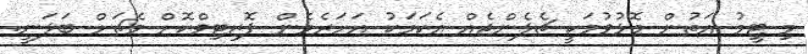
މި ޓީމު އަތުން މޮޅުވުމަކީ ޗެލެންޖެއް އެކަމަކު އަހަރެމެން ޕޮޒިޓިވްކޮށް މެޗަށް ބަލަނީ.